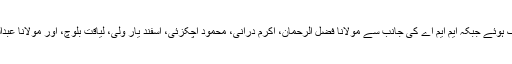
اس وفد میں یوسف رضا گیلانی، خورشید شاہ، شیری رحمان، نوید قمر اور دیگر شریک ہوئے جبکہ ایم ایم اے کی جانب سے مولانا فضل الرحمان، اکرم درانی، محمود اچکزئی، اسفند یار ولی، لیاقت بلوچ، اور مولانا عبدالغفور حیدری، میاں افتخار حسین، مولانا اویس نورانی اور حاصل بزنجو شریک ہوئے۔